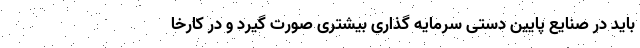
باید در صنایع پایین دستی سرمایه گذاری بیشتری صورت گیرد و در کارخا